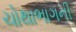
ચોથાભાગની